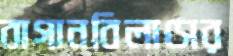
বাগানবিলাসের